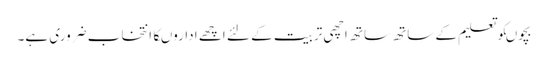
بچوںکوتعلیم کے ساتھ ساتھ اچھی تربیت کے لئے اچھے اداروںکاانتخاب ضروری ہے۔